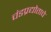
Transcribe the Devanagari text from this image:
चंडप्रद्योताचे